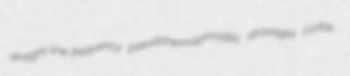
straight-line-frequency pseudohermaphroditic stravages codas